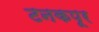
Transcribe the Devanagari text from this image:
टनकपूर